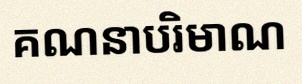
គណនាបរិមាណ